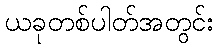
ယခုတစ်ပါတ်အတွင်း